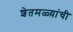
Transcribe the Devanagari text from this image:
शेतमळ्य़ांची